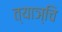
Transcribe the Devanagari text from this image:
त्याञ्चि